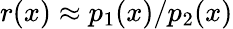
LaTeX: r(x)\approx p_{1}(x)/p_{2}(x)